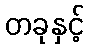
တခုနှင့်